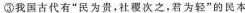
③我国古代有”民为贵，社稷次之，君为轻”的民本